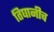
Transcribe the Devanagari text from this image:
तिघानीच